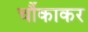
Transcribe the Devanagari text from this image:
चौंकाकर